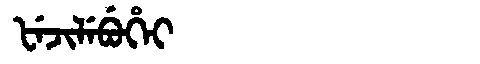
Manchu: ᡶᡝᠵᡳᠯᡝᠪᡠᡥᡝᡳ
Romanization: FEJILEBUHEI